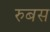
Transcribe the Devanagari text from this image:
रुबस